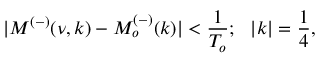
| M ^ { ( - ) } ( \nu , k ) - M _ { o } ^ { ( - ) } ( k ) | < \frac { 1 } { T _ { o } } ; ~ ~ | k | = \frac { 1 } { 4 } ,